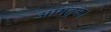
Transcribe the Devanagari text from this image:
आगंतुक।